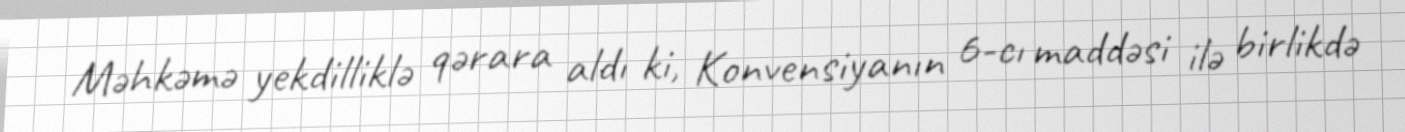
Məhkəmə yekdilliklə qərara aldı ki, Konvensiyanın 6-cı maddəsi ilə birlikdə